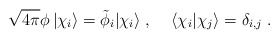
\begin{align*}\sqrt{4 \pi} \phi \, |\chi_i\rangle = \tilde{\phi}_i|\chi_i\rangle \;,\;\;\;\; \langle \chi_i | \chi_j \rangle = \delta_{i,j}\; .\end{align*}